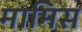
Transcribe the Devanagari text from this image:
मामिस